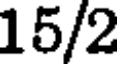
15/2